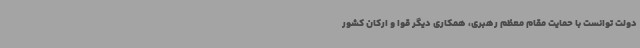
دولت توانست با حمایت مقام معظم رهبری، همکاری دیگر قوا و ارکان کشور